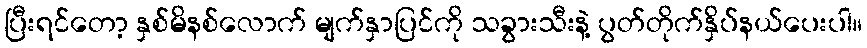
ပြီးရင်တော့ နှစ်မိနစ်လောက် မျက်နှာပြင်ကို သခွားသီးနဲ့ ပွတ်တိုက်နှိပ်နယ်ပေးပါ။